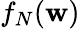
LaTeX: f_{N}(\mathbf{w})